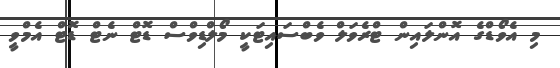
މި އެވޯޑްގެ އޮންލައިން ޓްރެވަލް ވެބްސައިޓަކީ މޯލްޑިވްސް ޑޮޓް ނެޓް ޑޮޓް އެމްވީ